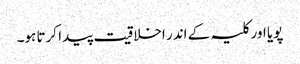
پویا اور کلیہ کے اندر اخلاقیت پیدا کرتا ہو۔